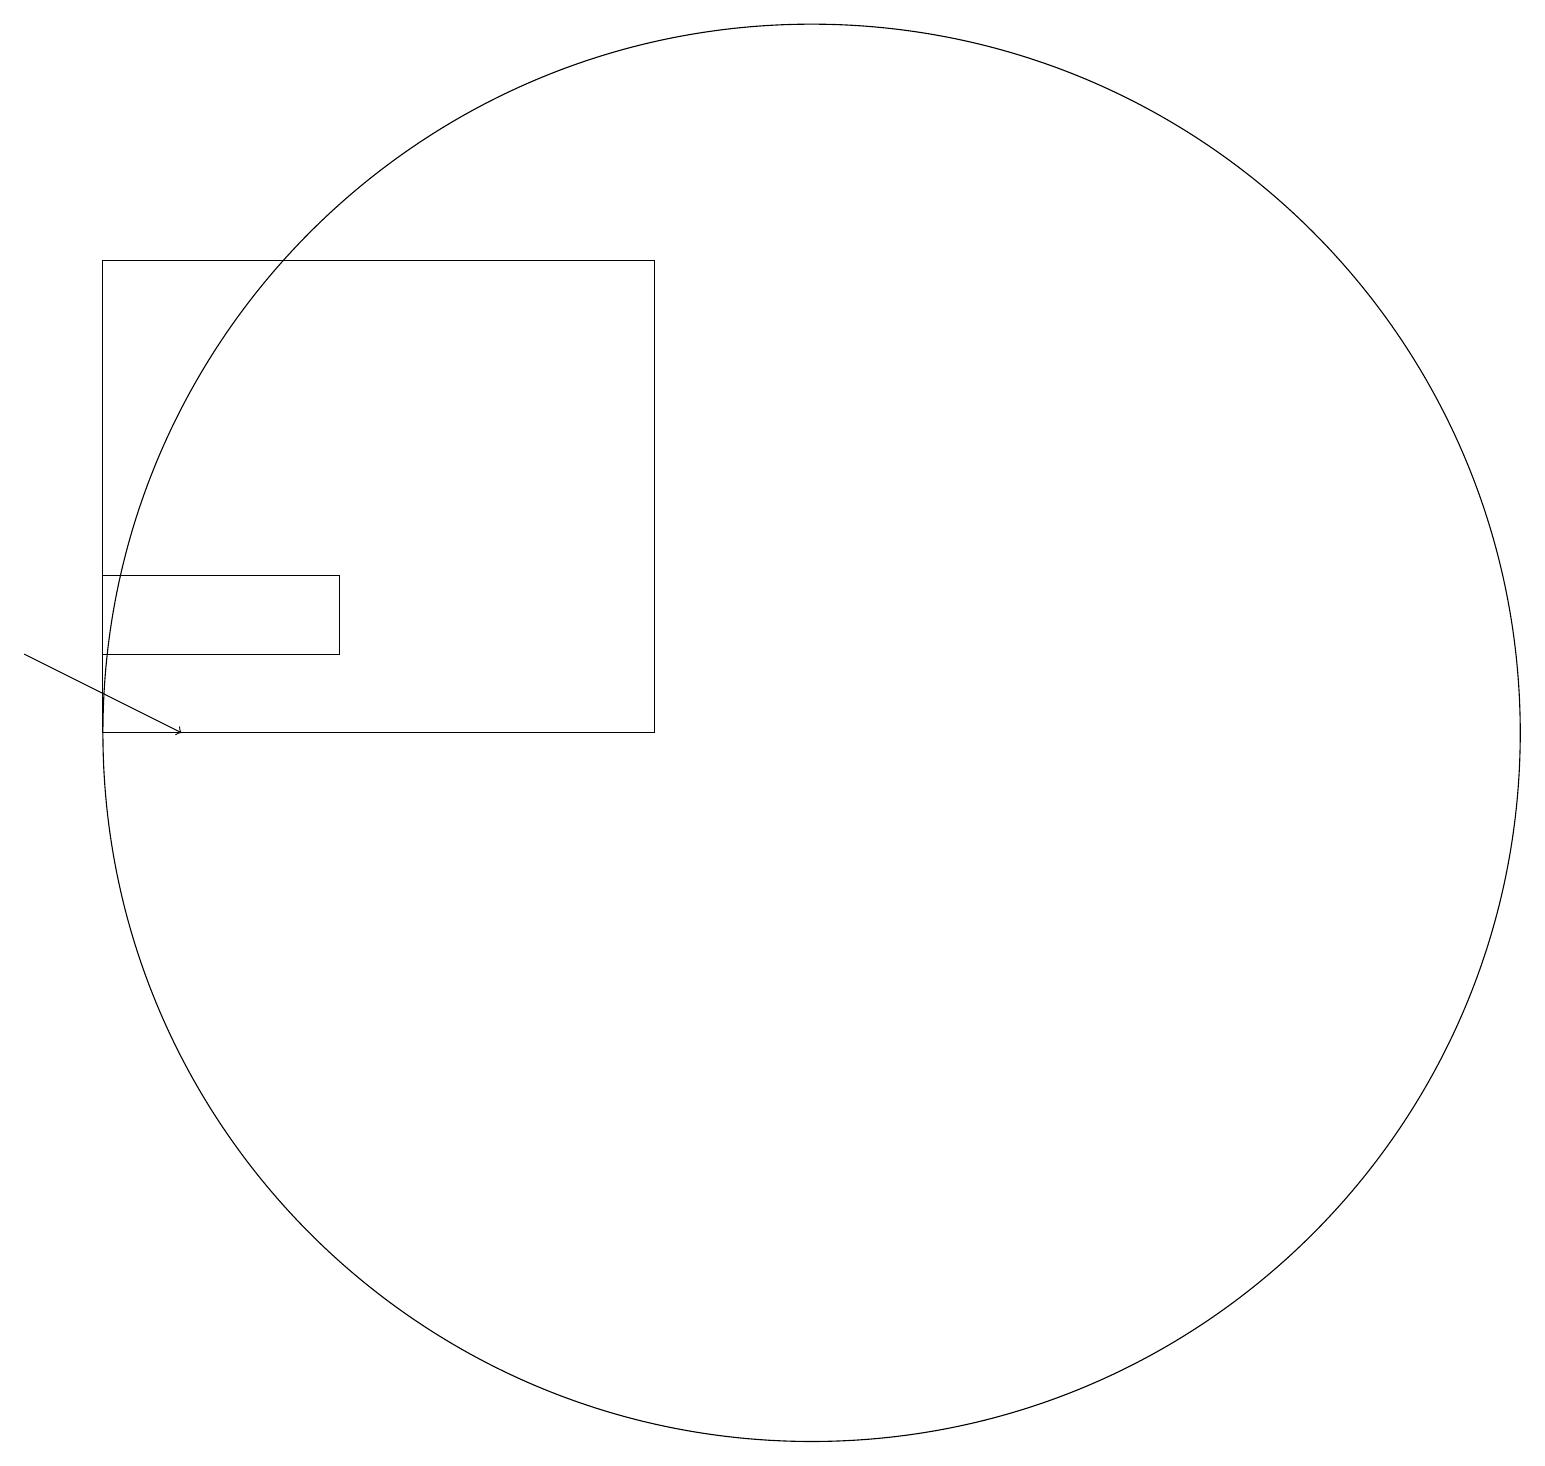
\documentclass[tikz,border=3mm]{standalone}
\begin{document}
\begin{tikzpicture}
\draw[->] (1,11) -- (3,10);
\draw (11,10) circle (9);
\draw (2,12) rectangle (5,11);
\draw (2,10) rectangle (9,16);
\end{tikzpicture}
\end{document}